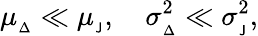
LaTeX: \mu_{_{\Delta}}\ll\mu_{_{\mathsf{J}}},\quad\sigma_{_{\Delta}}^{2}\ll\sigma_{_{\mathsf{J}}}^{2},